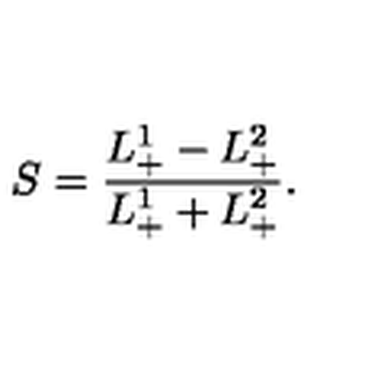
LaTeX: S = { \frac { L _ { + } ^ { 1 } - L _ { + } ^ { 2 } } { L _ { + } ^ { 1 } + L _ { + } ^ { 2 } } } .